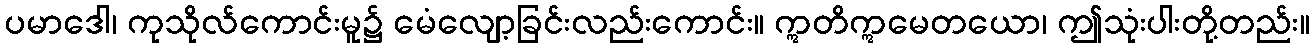
ပမာဒေါ၊ ကုသိုလ်ကောင်းမူ၌ မေံလျော့ခြင်းလည်းကောင်း။ ဣတိဣမေတယော၊ ဤသုံးပါးတို့တည်း။